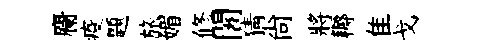
麕疫題旅媚修闍猜尚將耨隹戈